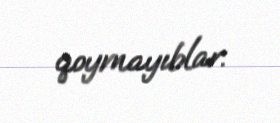
qoymayıblar.